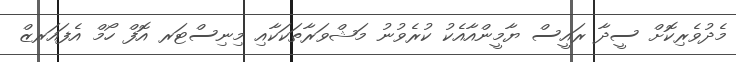
މެދުވެރިކޮށް ސީދާ ރައީސް ޔާމީންއާއެކު ކުރެވުނު މަޝްވަރާތަކަކާއި މިނިސްޓަރ އޮފް ހޯމް އެފައަރޒް